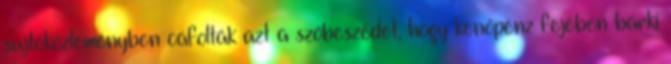
sajtóközleményben cáfolták azt a szóbeszédet, hogy kenőpénz fejében bárki